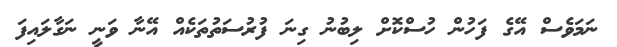
ނަމަވެސް އޭގެ ފަހުން ހުސްކޮށް ލިބުނު ގިނަ ފުރުސަތުތަކެއް އޭނާ ވަނީ ނަގާލައިފަ